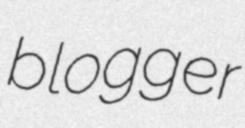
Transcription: blogger